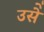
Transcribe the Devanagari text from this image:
उसेेेे